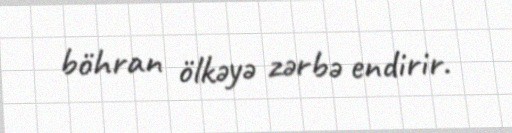
böhran ölkəyə zərbə endirir.